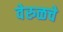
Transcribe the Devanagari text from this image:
वेरुळचे